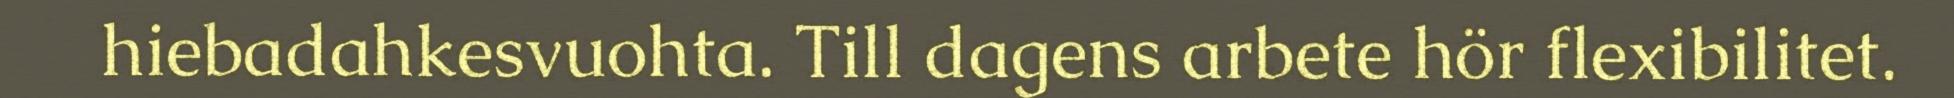
hiebadahkesvuohta. Till dagens arbete hör flexibilitet.